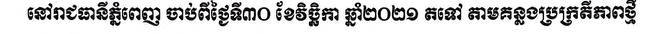
នៅរាជធានីភ្នំពេញ ចាប់ពីថ្ងៃទី៣០ ខែវិច្ឆិកា ឆ្នាំ២០២១ តទៅ តាមគន្លងប្រក្រតីភាពថ្មី